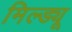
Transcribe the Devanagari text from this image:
मिल्ड्यू